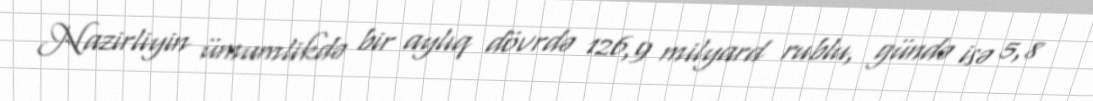
Nazirliyin ümumlikdə bir aylıq dövrdə 126,9 milyard rublu, gündə isə 5,8